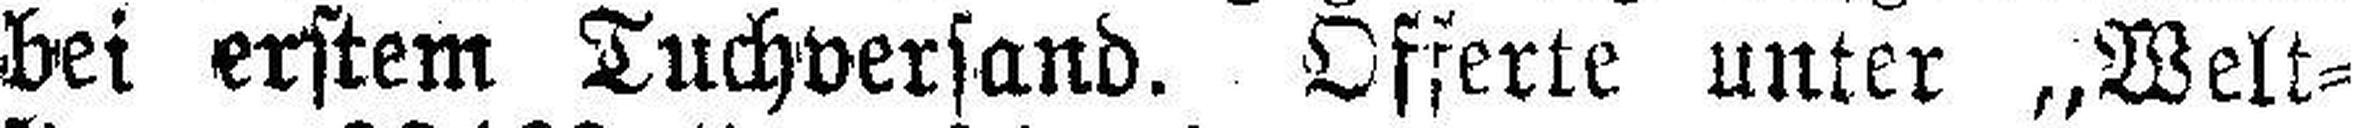
bei erstem Tuchversand. Offerte unter „Welt¬